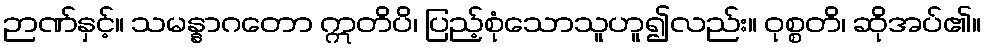
ဉာဏ်နှင့်။ သမန္နာဂတော ဣတိပိ၊ ပြည့်စုံသောသူဟူ၍လည်း။ ဝုစ္စတိ၊ ဆိုအပ်၏။